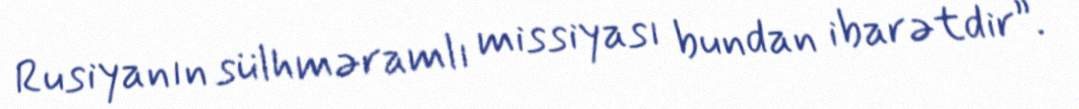
Rusiyanın sülhməramlı missiyası bundan ibarətdir”.